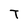
Character: T